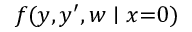
f ( y , y ^ { \prime } , w \mid x { = } 0 )